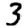
Digit: 3